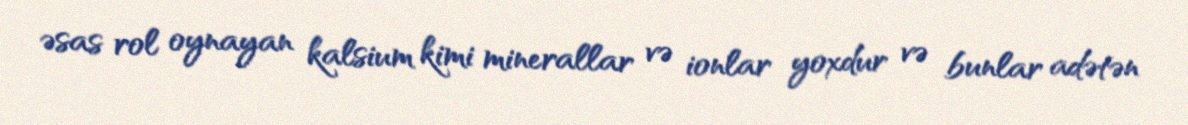
əsas rol oynayan kalsium kimi minerallar və ionlar yoxdur və bunlar adətən